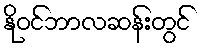
နိုဝင်ဘာလဆန်းတွင်